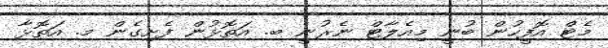
މެޓް އޮފީހުން ބުނީ މިއެލާޓް ނެރުނީ ބ. އަތޮޅުން ފެށިގެން މ. އަތޮޅާ